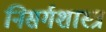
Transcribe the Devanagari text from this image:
निसर्गशास्त्र